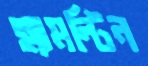
হ্যামল্টিন